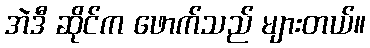
အဲဒီ ဆိုင်က ဖောက်သည် များတယ်။